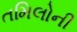
તમિલોની